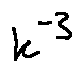
k ^ { - 3 }